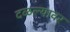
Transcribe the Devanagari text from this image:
दळल्यावर